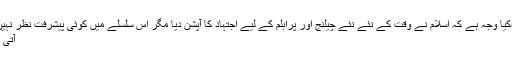
)کیا وجہ ہے کہ اسلام نے وقت کے نئے نئے چیلنج اور پرابلم کے لیے اجتہاد کا آپشن دیا مگر اس سلسلے میں کوئی پیشرفت نظر نہیں
آتی ؟